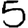
Digit: 5